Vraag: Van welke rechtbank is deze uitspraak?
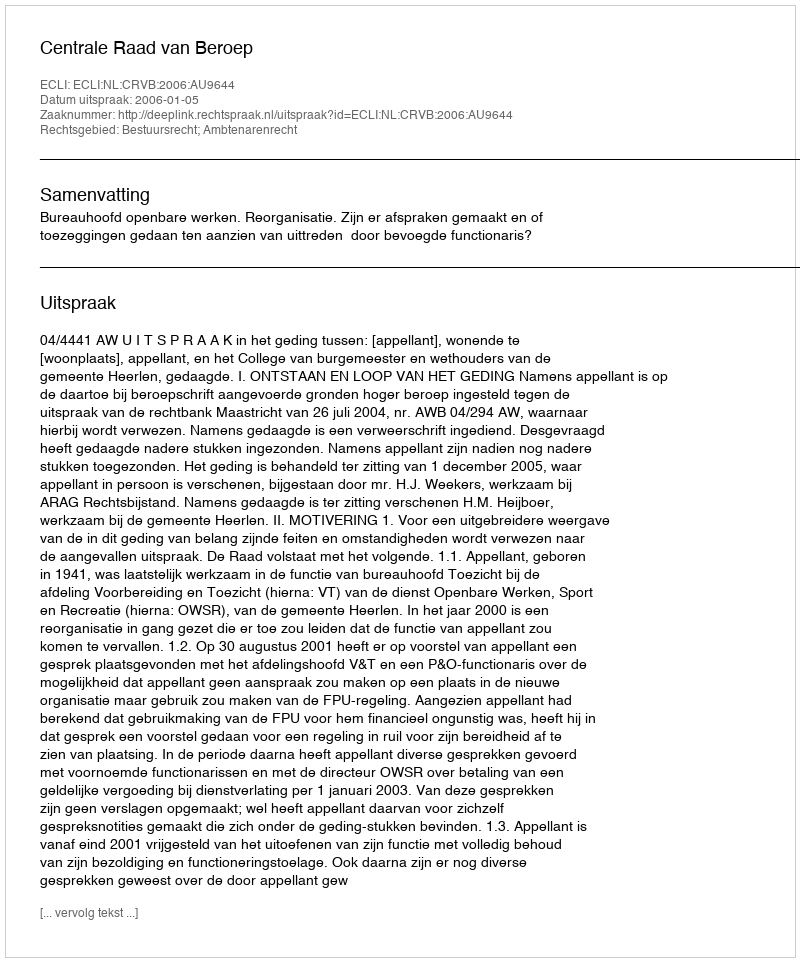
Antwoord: Centrale Raad van Beroep